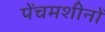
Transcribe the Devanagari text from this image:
पेंचमशीनों